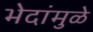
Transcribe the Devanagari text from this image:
भेदांमुळे